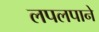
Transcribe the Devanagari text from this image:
लपलपाने